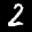
Label: 2